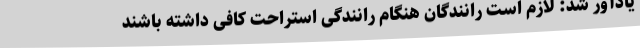
یادآور شد: لازم است رانندگان هنگام رانندگی استراحت کافی داشته باشند